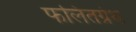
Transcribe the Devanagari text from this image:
फलितग्रंथ